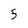
Character: F